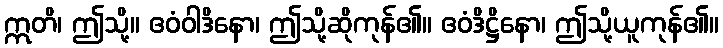
ဣတိ၊ ဤသို့။ ဧဝံဝါဒိနော၊ ဤသို့ဆိုကုန်၏။ ဧဝံဒိဋ္ဌိနော၊ ဤသို့ယူကုန်၏။